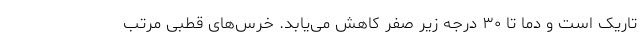
تاریک است و دما تا ۳۰ درجه زیر صفر کاهش می‌یابد. خرس‌های قطبی مرتب